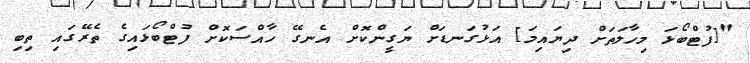
"[ފުޓްބޯޅަ މިހާލަތަށް ދިޔައިމަ] އަޅުގަނޑަށް ޔަގީންކޮށް އެނގޭ ހާއްސަކޮށް ފުޓްބޯޅައިގެ ތެރޭގައި ތިބި